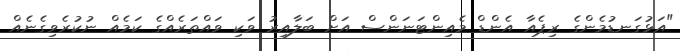
"އަޅުގަނޑުމެންގެ ރިޕެއާ އެންޑް މެއިންޓަނަންސް އަށް ބަލާއިރު ވަކި ވައްތަރެއްގެ ކަމެއް ނުކުރެވިގެނެއް